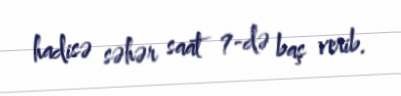
hadisə səhər saat 7-də baş verib.